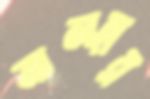
মালহার